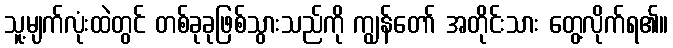
သူ့မျက်လုံးထဲတွင် တစ်ခုခုဖြစ်သွားသည်ကို ကျွန်တော် အတိုင်းသား တွေ့လိုက်ရ၏။